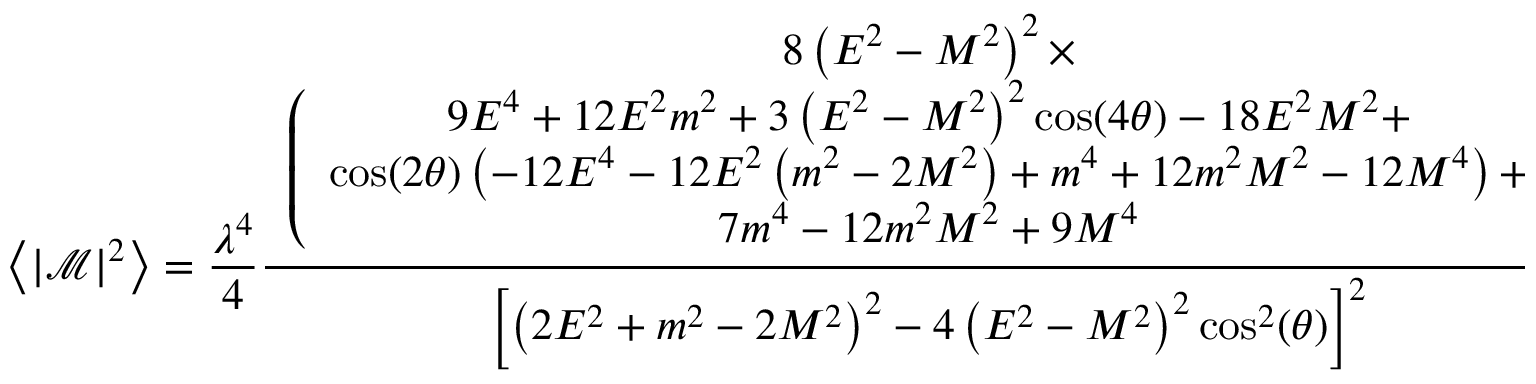
\left\langle \left\vert \mathcal { M } \right\vert ^ { 2 } \right\rangle = \frac { \lambda ^ { 4 } } { 4 } \frac { \begin{array} { c } { 8 \left( E ^ { 2 } - M ^ { 2 } \right) ^ { 2 } \times } \\ { \left( \begin{array} { c } { 9 E ^ { 4 } + 1 2 E ^ { 2 } m ^ { 2 } + 3 \left( E ^ { 2 } - M ^ { 2 } \right) ^ { 2 } \cos ( 4 \theta ) - 1 8 E ^ { 2 } M ^ { 2 } + } \\ { \cos ( 2 \theta ) \left( - 1 2 E ^ { 4 } - 1 2 E ^ { 2 } \left( m ^ { 2 } - 2 M ^ { 2 } \right) + m ^ { 4 } + 1 2 m ^ { 2 } M ^ { 2 } - 1 2 M ^ { 4 } \right) + } \\ { 7 m ^ { 4 } - 1 2 m ^ { 2 } M ^ { 2 } + 9 M ^ { 4 } } \end{array} \right) } \end{array} } { \left[ \left( 2 E ^ { 2 } + m ^ { 2 } - 2 M ^ { 2 } \right) ^ { 2 } - 4 \left( E ^ { 2 } - M ^ { 2 } \right) ^ { 2 } \cos ^ { 2 } ( \theta ) \right] ^ { 2 } } .